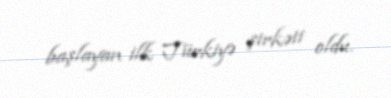
başlayan ilk Türkiyə şirkəti oldu.